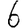
Digit: 6